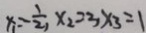
x _ { 1 } = - \frac { 1 } { 2 } , x _ { 2 } = 3 x _ { 3 } = 1